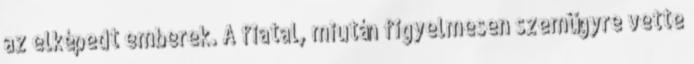
az elképedt emberek. A fiatal, miután figyelmesen szemügyre vette